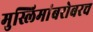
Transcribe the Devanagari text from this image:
मुस्लिमांबरोबरच